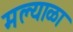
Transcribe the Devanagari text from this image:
मल्याळा